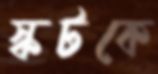
স্কটকে